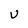
Character: U